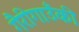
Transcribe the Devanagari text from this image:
गैरीगाउँकी